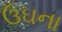
ઉઘના